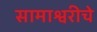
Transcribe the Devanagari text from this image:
सामाश्वरीचे